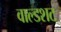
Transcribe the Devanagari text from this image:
वाल्डशट